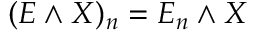
( E \wedge X ) _ { n } = E _ { n } \wedge X